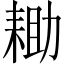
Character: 耡